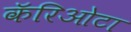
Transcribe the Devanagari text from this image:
कॅरिओटा